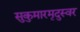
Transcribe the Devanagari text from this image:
सुकुमारमृदुस्वर